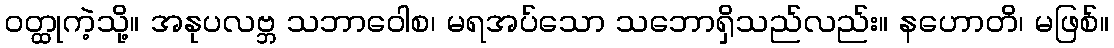
ဝတ္ထုကဲ့သို့။ အနုပလဗ္ဘ သဘာဝေါစ၊ မရအပ်သော သဘောရှိသည်လည်း။ နဟောတိ၊ မဖြစ်။